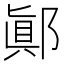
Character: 𨝊